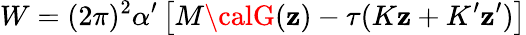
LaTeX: W=(2\pi)^{2}\alpha^{\prime}\left[M{\calG}(\mathbf{z})-\tau(K\mathbf{z}+K^{\prime}\mathbf{z}^{\prime})\right]